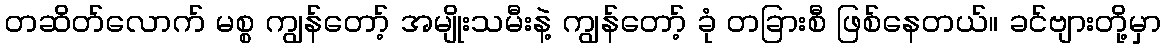
တဆိတ်လောက် မစ္စ ကျွန်တော့် အမျိုးသမီးနဲ့ ကျွန်တော့် ခုံ တခြားစီ ဖြစ်နေတယ်။ ခင်ဗျားတို့မှာ